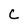
Character: C